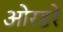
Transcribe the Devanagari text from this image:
ओरडरे